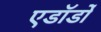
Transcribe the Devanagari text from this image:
एडॉर्डो